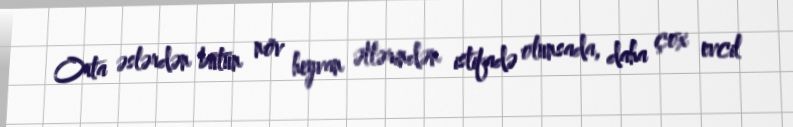
Orta əslərdən bütün növ heyvan ətlərindən istifadə olunsada, daha çox evcil